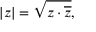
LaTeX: | z | = { \sqrt { z \cdot { \overline { { z } } } } } ,